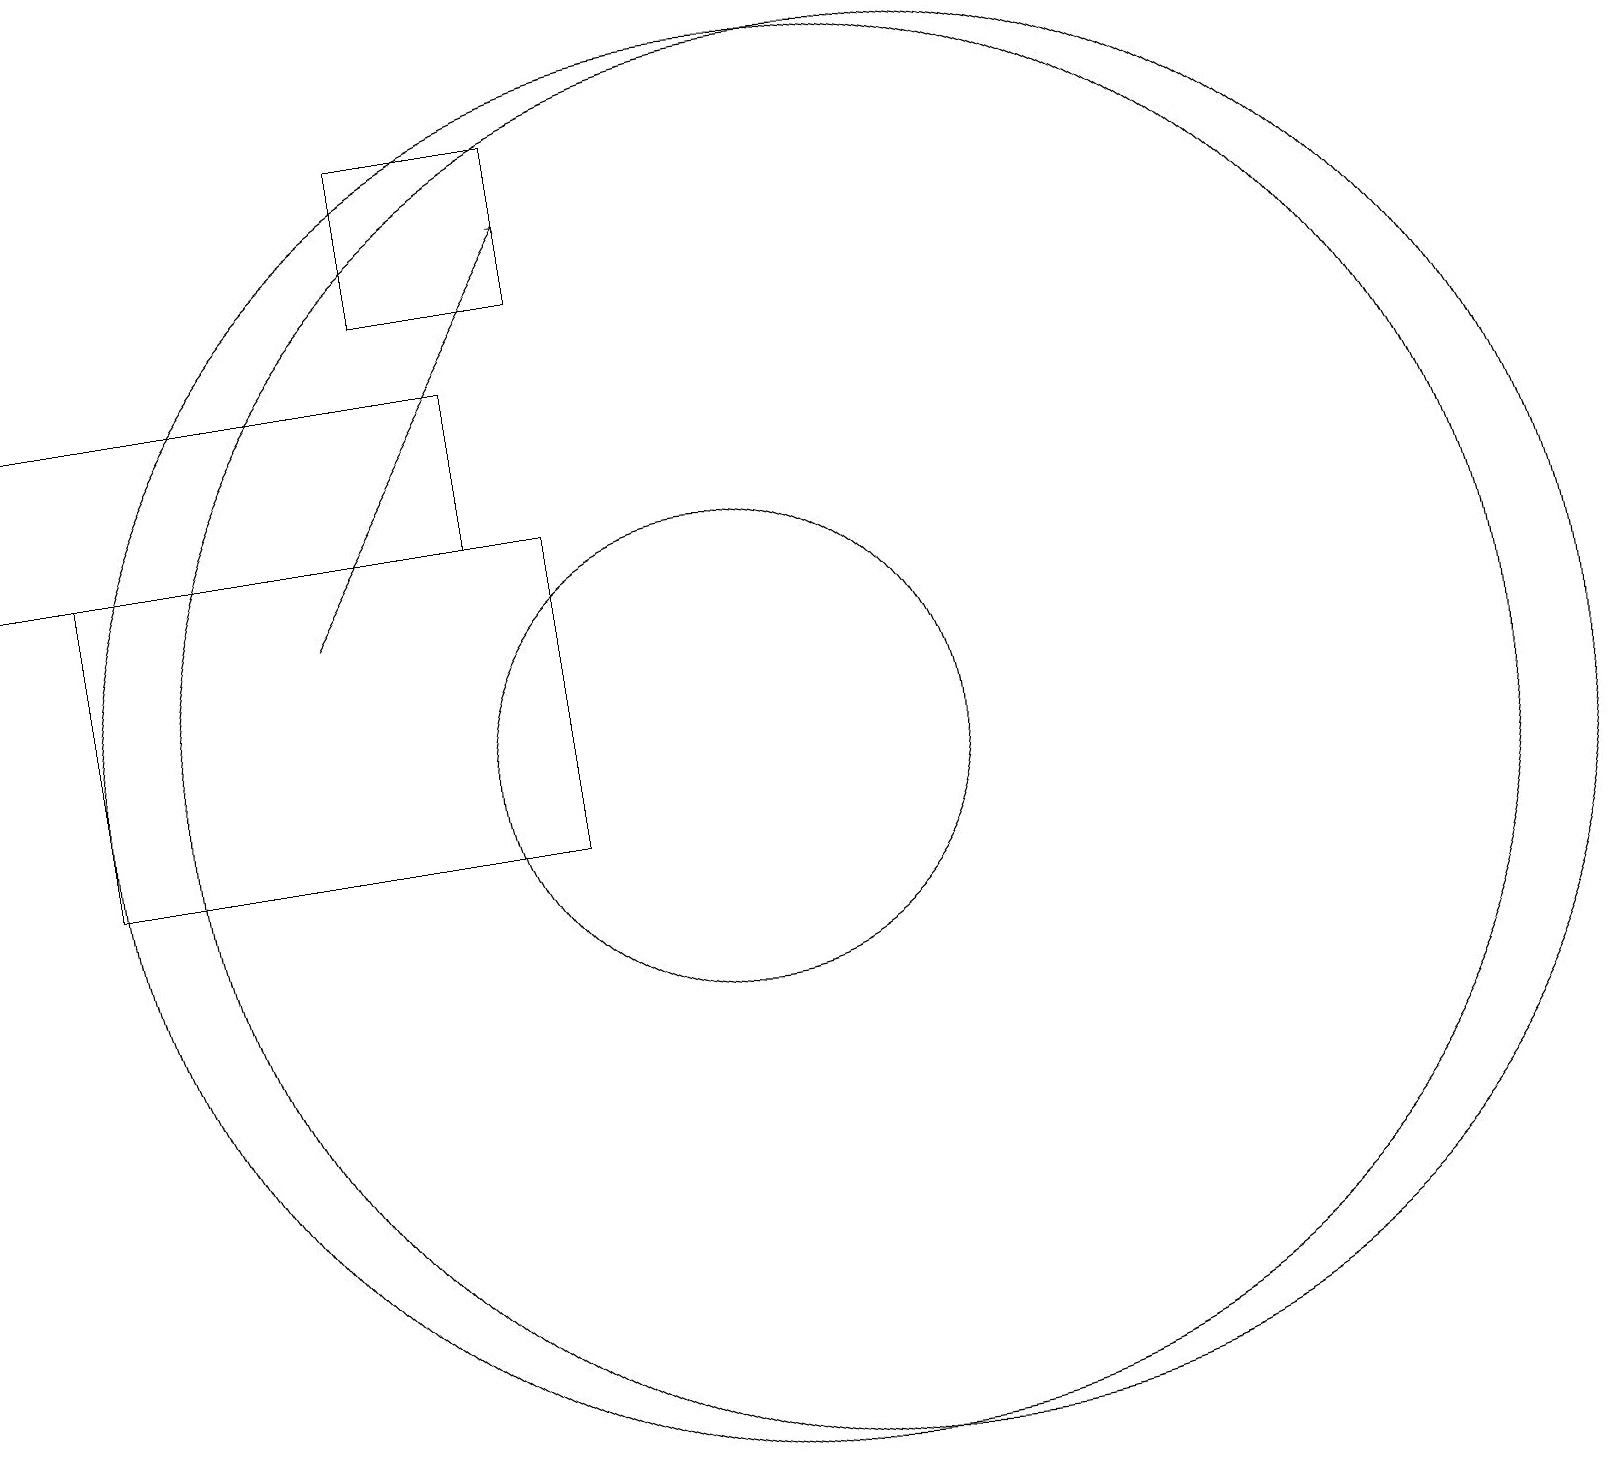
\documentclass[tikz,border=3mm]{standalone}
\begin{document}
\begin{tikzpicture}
\draw (11,11) circle (9);
\draw (10,11) circle (3);
\draw (1,14) rectangle (7,16);
\draw (8,17) rectangle (6,19);
\draw (8,14) rectangle (2,10);
\draw[->] (5,13) -- (8,18);
\draw (12,11) circle (9);
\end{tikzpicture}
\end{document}